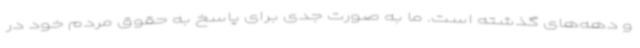
و دهه‌های گذشته است. ما به صورت جدی برای پاسخ به حقوق مردم خود در